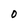
Character: 0